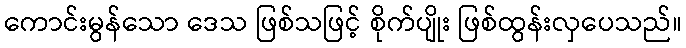
ကောင်းမွန်သော ဒေသ ဖြစ်သဖြင့် စိုက်ပျိုး ဖြစ်ထွန်းလှပေသည်။